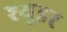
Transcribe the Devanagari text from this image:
श्यूडर